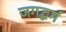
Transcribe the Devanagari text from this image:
जगद्धर्म